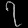
Digit: ၇